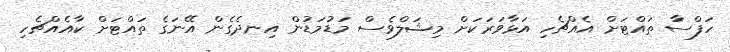
ހަފްސާ ތައްޓަށް އެއްޗެހި އަޅާވަރަކަށް މިޝަލްވެސް މަޑުމަޑުން އިނދެގެން އޭނަގެ ތައްޓަށް ކާއެއްޗެހި